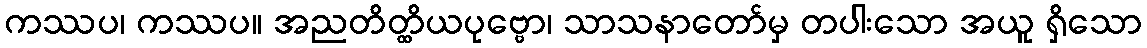
ကဿပ၊ ကဿပ။ အညတိတ္ထိယပုဗ္ဗော၊ သာသနာတော်မှ တပါးသော အယူ ရှိသော